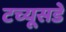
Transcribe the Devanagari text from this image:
टच्यूसडे